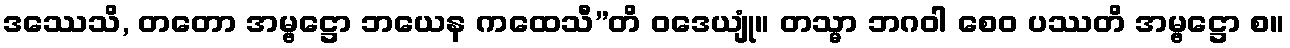
ဒဿေသိ, တတော အမ္ဗဋ္ဌော ဘယေန ကထေသီ”တိ ဝဒေယျုံ။ တသ္မာ ဘဂဝါ စေဝ ပဿတိ အမ္ဗဋ္ဌော စ။